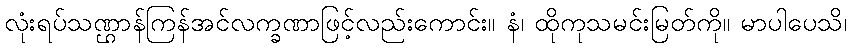
လုံးရပ်သဏ္ဌာန်ကြန်အင်လက္ခဏာဖြင့်လည်းကောင်း။ နံ၊ ထိုကုသမင်းမြတ်ကို။ မာပါပေသိ၊